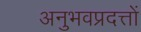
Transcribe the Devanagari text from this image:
अनुभवप्रदत्तों